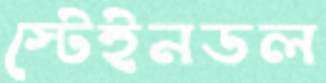
স্টেইনডল